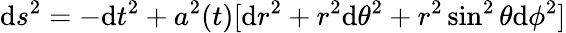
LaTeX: \mathrm{d}s^{2}=-\mathrm{d}t^{2}+a^{2}(t)[\mathrm{d}r^{2}+r^{2}\mathrm{d}\theta^{2}+r^{2}\sin^{2}\theta\mathrm{d}\phi^{2}]